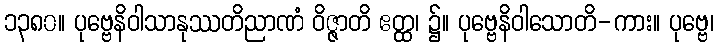
၁၃၈၀။ ပုဗ္ဗေနိဝါသာနုဿတိညာဏံ ဝိဇ္ဇာတိ ဧတ္ထ၊ ၌။ ပုဗ္ဗေနိဝါသောတိ-ကား။ ပုဗ္ဗေ၊